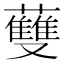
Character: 𧄐